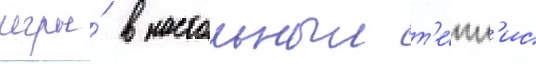
игры́ в настольныи т'е́нн'ис